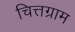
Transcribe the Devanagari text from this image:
चित्तग्राम